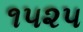
૧૫૨૫